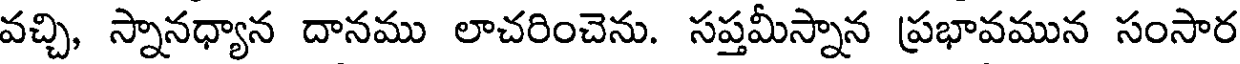
వచ్చి, స్నానధ్యాన దానము లాచరించెను. సప్తమీస్నాన ప్రభావమున సంసార